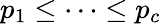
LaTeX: p_{1}\leq\cdots\leq p_{c}